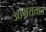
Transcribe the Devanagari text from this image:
आमरायात